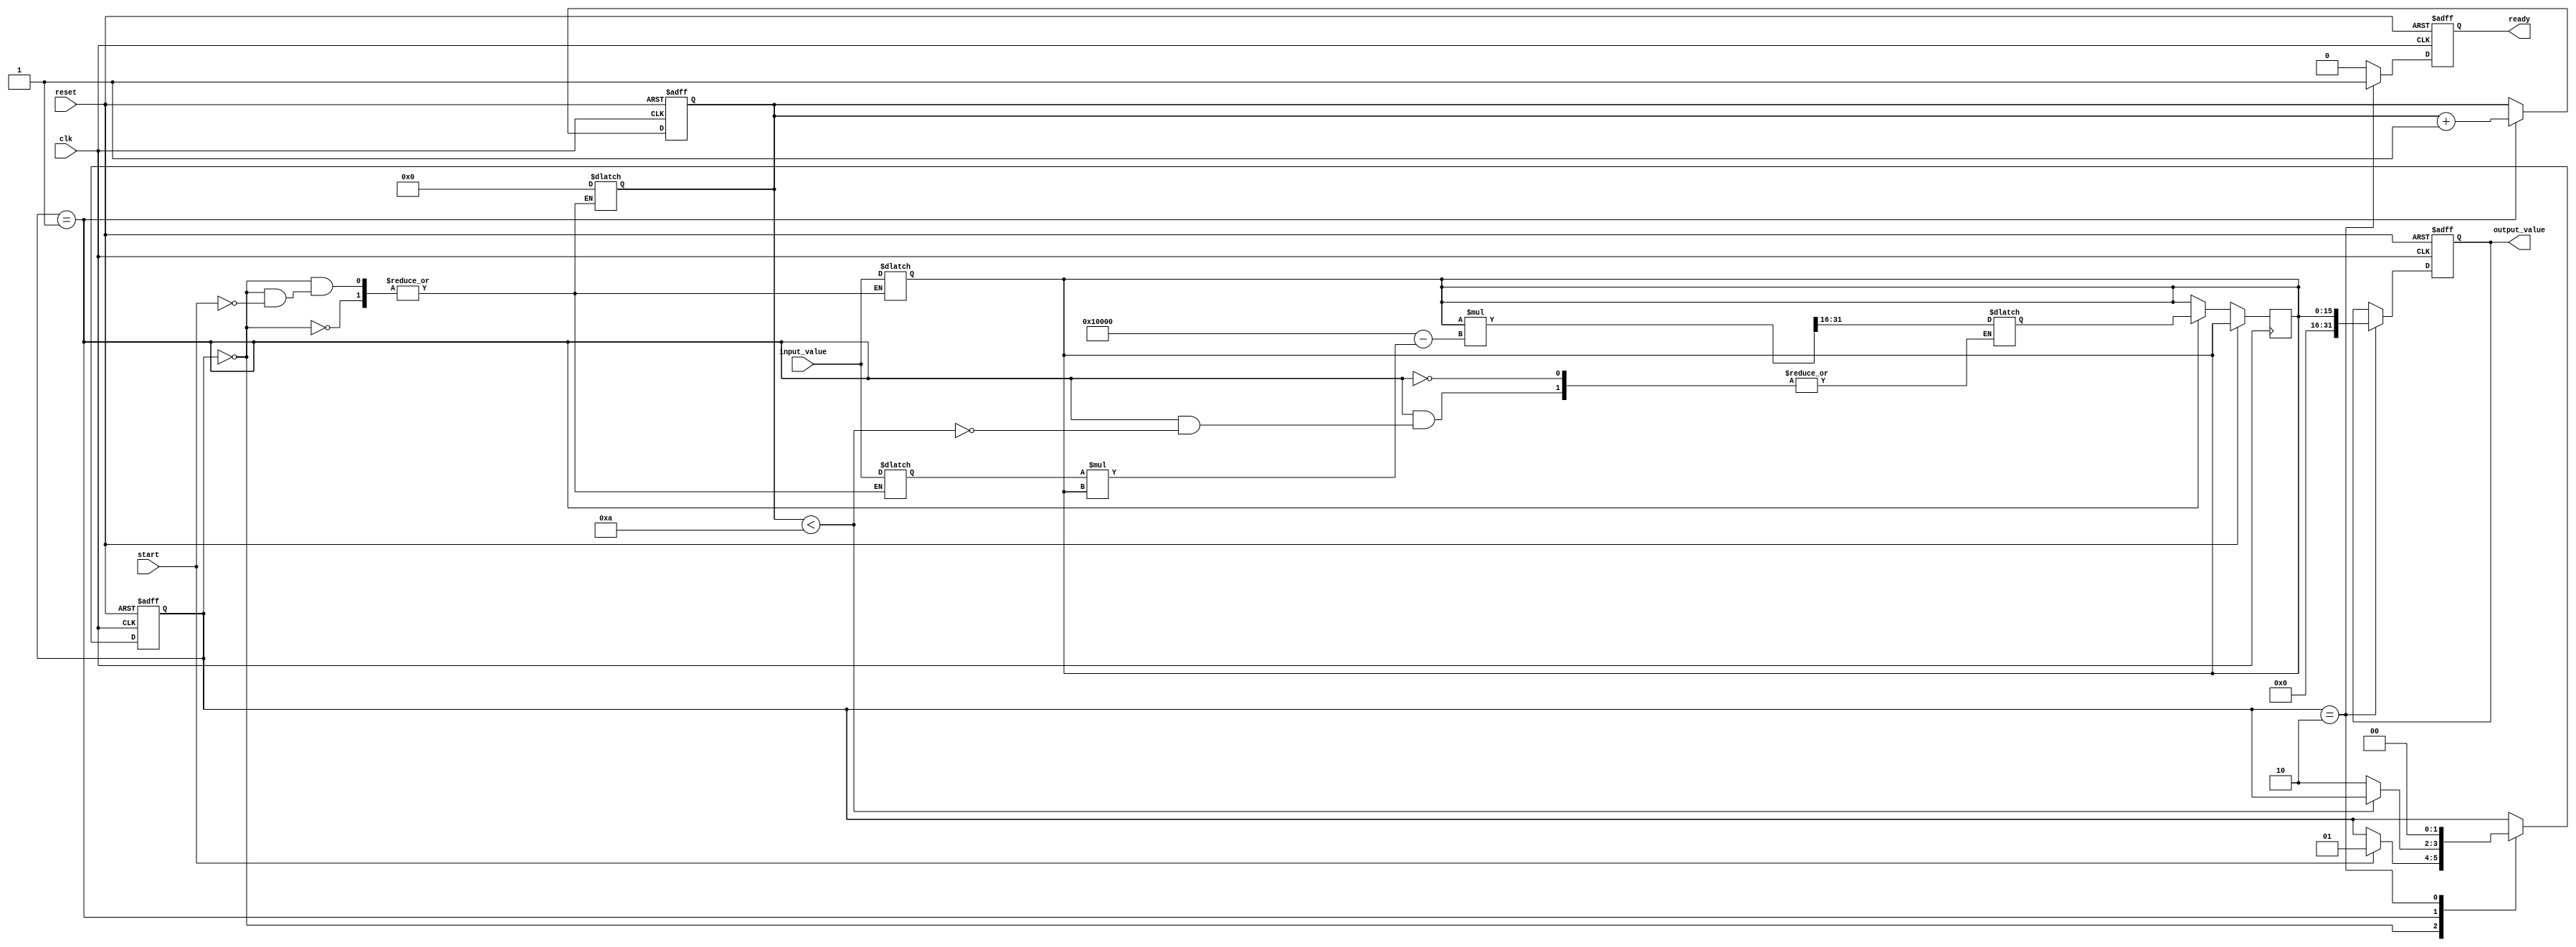
module BinaryFractionalReciprocal #(
    parameter N = 16, // Input width
    parameter M = 32  // Output width (should be >= 2*N)
)(
    input wire clk,
    input wire reset,
    input wire start,
    input wire [N-1:0] input_value, // Binary fractional input
    output reg [M-1:0] output_value, // Binary fractional output
    output reg ready // Indicates when output is valid
);

    // Internal parameters
    localparam MAX_ITER = 10; // Maximum iterations for Newton-Raphson
    localparam IDLE = 2'b00, COMPUTE = 2'b01, DONE = 2'b10;
    
    reg [1:0] state, next_state;
    reg [N-1:0] x; // Current approximation
    reg [N-1:0] x_next; // Next approximation
    reg [N-1:0] input_reg; // Registered input value
    reg [3:0] iter_count; // Iteration counter

    // State machine for control
    always @(posedge clk or posedge reset) begin
        if (reset) begin
            state <= IDLE;
            output_value <= 0;
            ready <= 0;
            iter_count <= 0;
        end else begin
            state <= next_state;
            if (state == COMPUTE) begin
                x <= x_next;
                iter_count <= iter_count + 1;
            end
            if (state == DONE) begin
                output_value <= x; // Final output
                ready <= 1; // Indicate output is valid
            end else begin
                ready <= 0; // Reset ready signal
            end
        end
    end

    // Next state logic
    always @(*) begin
        next_state = state;
        case (state)
            IDLE: begin
                if (start) begin
                    input_reg = input_value;
                    x = {1'b0, input_reg}; // Initial guess: 1 / input_value
                    iter_count = 0;
                    next_state = COMPUTE;
                end
            end
            COMPUTE: begin
                if (iter_count < MAX_ITER) begin
                    // Newton-Raphson iteration: x_next = x * (2 - input * x)
                    x_next = x * (2**N - input_reg * x) >> N; // Shift to maintain precision
                end else begin
                    next_state = DONE; // Move to done state after max iterations
                end
            end
            DONE: begin
                next_state = IDLE; // Go back to idle after done
            end
        endcase
    end

endmodule